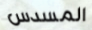
المسدس